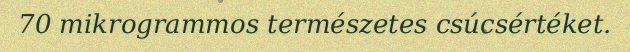
70 mikrogrammos természetes csúcsértéket.